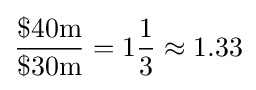
{\frac {\${\text{40m}}}{\${\text{30m}}}}=1{\frac {1}{3}}\approx 1.33